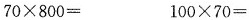
$$7 0 \times 8 0 0 =$$ $$1 0 0 \times 7 0 =$$